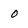
Character: 0